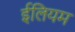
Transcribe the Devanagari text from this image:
ईलियम